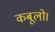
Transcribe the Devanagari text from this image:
कबूलो।